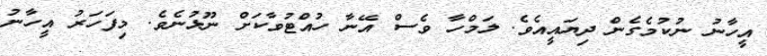
އީހާނު ނުކުމެގެން ދިޔައީއެވެ. ލަމްހާ ވެސް އޭނާ ހުއްޓުވާކަށް ނޫޅުނެވެ. މިފަހަރު އީހާނު